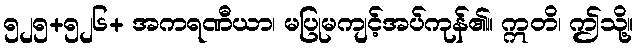
၅၂၅+၅၂၆+ အကရဏီယာ၊ မပြုမကျင့်အပ်ကုန်၏။ ဣတိ၊ ဤသို့။